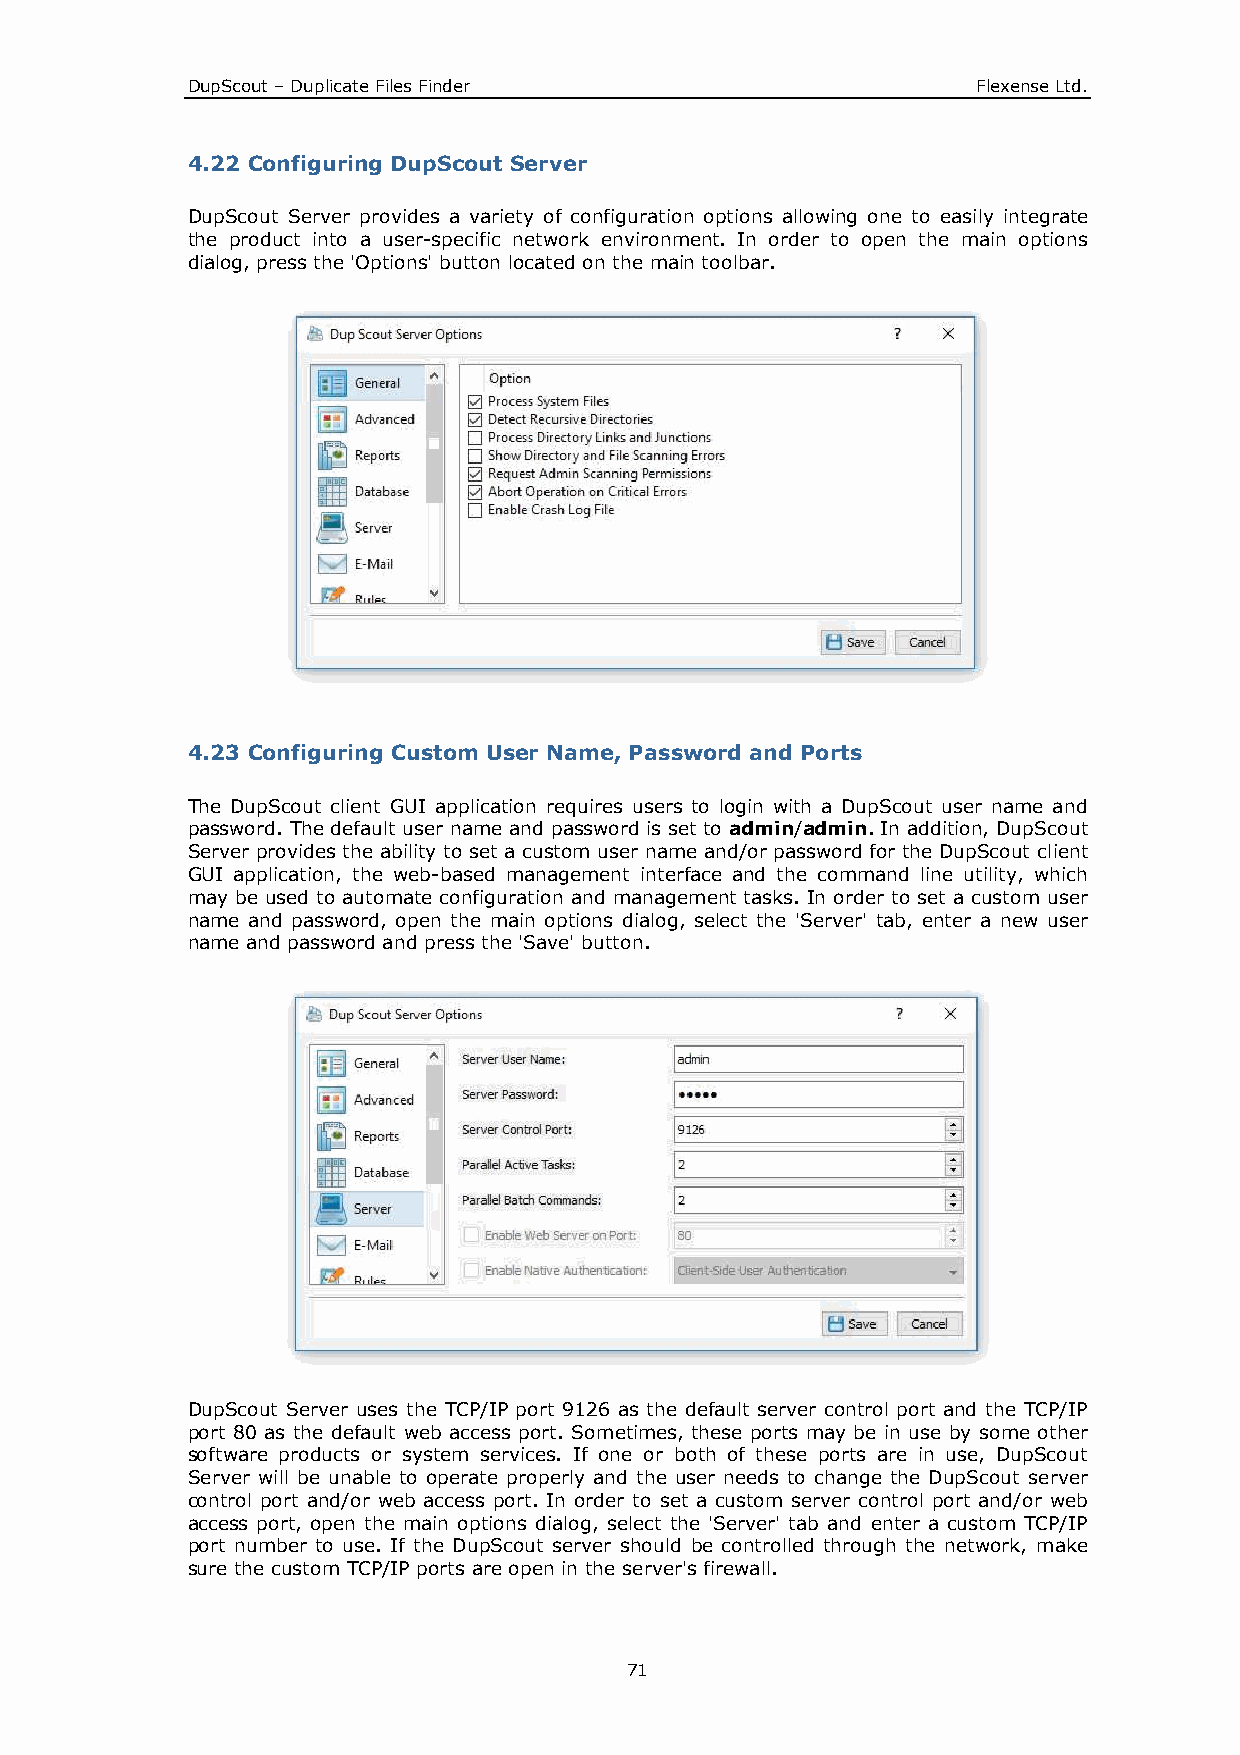
DupScout – Duplicate Files Finder                    Flexense Ltd.
 4.22 Configuring DupScout Server
 DupScout Server provides a variety of configuration options allowing one to easily integrate
 the product into a user-specific network environment. In order to open the main options
 dialog, press the 'Options' button located on the main toolbar.
 4.23 Configuring Custom User Name, Password and Ports
 The DupScout client GUI application requires users to login with a DupScout user name and
 password. The default user name and password is set to admin/admin. In addition, DupScout
 Server provides the ability to set a custom user name and/or password for the DupScout client
 GUI application, the web-based management interface and the command line utility, which
 may be used to automate configuration and management tasks. In order to set a custom user
 name and password, open the main options dialog, select the 'Server' tab, enter a new user
 name and password and press the 'Save' button.
 DupScout Server uses the TCP/IP port 9126 as the default server control port and the TCP/IP
 port 80 as the default web access port. Sometimes, these ports may be in use by some other
 software products or system services. If one or both of these ports are in use, DupScout
 Server will be unable to operate properly and the user needs to change the DupScout server
 control port and/or web access port. In order to set a custom server control port and/or web
 access port, open the main options dialog, select the 'Server' tab and enter a custom TCP/IP
 port number to use. If the DupScout server should be controlled through the network, make
 sure the custom TCP/IP ports are open in the server's firewall.
 71